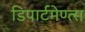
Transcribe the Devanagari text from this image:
डिपार्टमेण्त्स